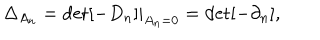
LaTeX: \Delta _ { A _ { n } } = \det [ - D _ { n } ] | _ { A _ { n } = 0 } = \det [ - \partial _ { n } ] ,